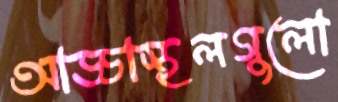
আড্ডাস্থলগুলো